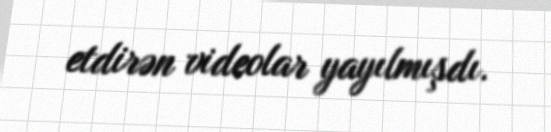
etdirən videolar yayılmışdı.